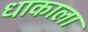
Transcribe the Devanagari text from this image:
धाकाला